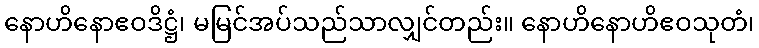
နောဟိနောဧဝဒိဋ္ဌံ၊ မမြင်အပ်သည်သာလျှင်တည်း။ နောဟိနောဟိဧဝသုတံ၊